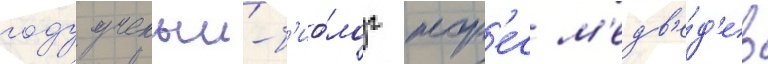
году ученыи-б'ио́лог жор'ес м'едв'е́д'ев